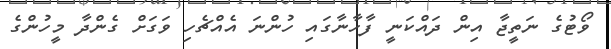
ވޯޓުގެ ނަތީޖާ އިން ދައްކަނީ ފާހާނާގައި ހުންނަ އެއްޗެހި ވަގަށް ގެންދާ މީހުންގެ